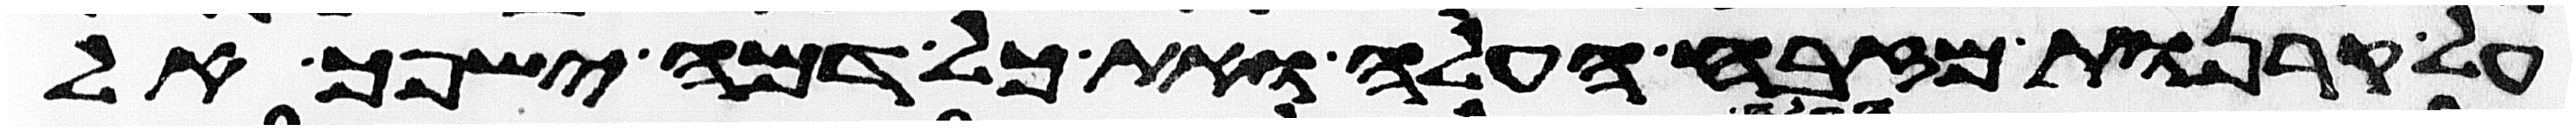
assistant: על קרנות מזבח העלה ואת כל דמה ישפך אל